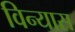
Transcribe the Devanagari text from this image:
विन्‍यास